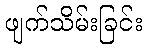
ဖျက်သိမ်းခြင်း